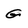
Character: G